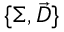
\{ \Sigma , \Vec { D } \}